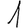
Digit: 1